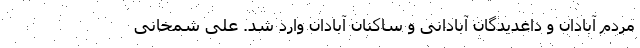
مردم آبادان و داغدیدگان آبادانی و ساکنان آبادان وارد شد. علی شمخانی